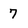
Character: 7